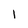
Character: I